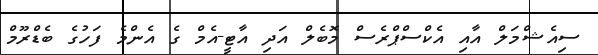
ސިއެޝްމަލް އާއި އެކްސްޕްރެސް މޮބެލް އަދި އާޓީ-އެމް ގެ އެންމެ ފަހުގެ ބެޑްރޫމް